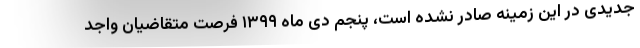
جدیدی در این زمینه صادر نشده است، پنجم دی ماه ۱۳۹۹ فرصت متقاضیان واجد